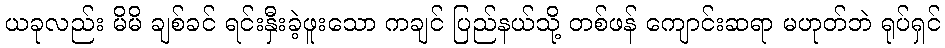
ယခုလည်း မိမိ ချစ်ခင် ရင်းနှီးခဲ့ဖူးသော ကချင် ပြည်နယ်သို့ တစ်ဖန် ကျောင်းဆရာ မဟုတ်ဘဲ ရုပ်ရှင်